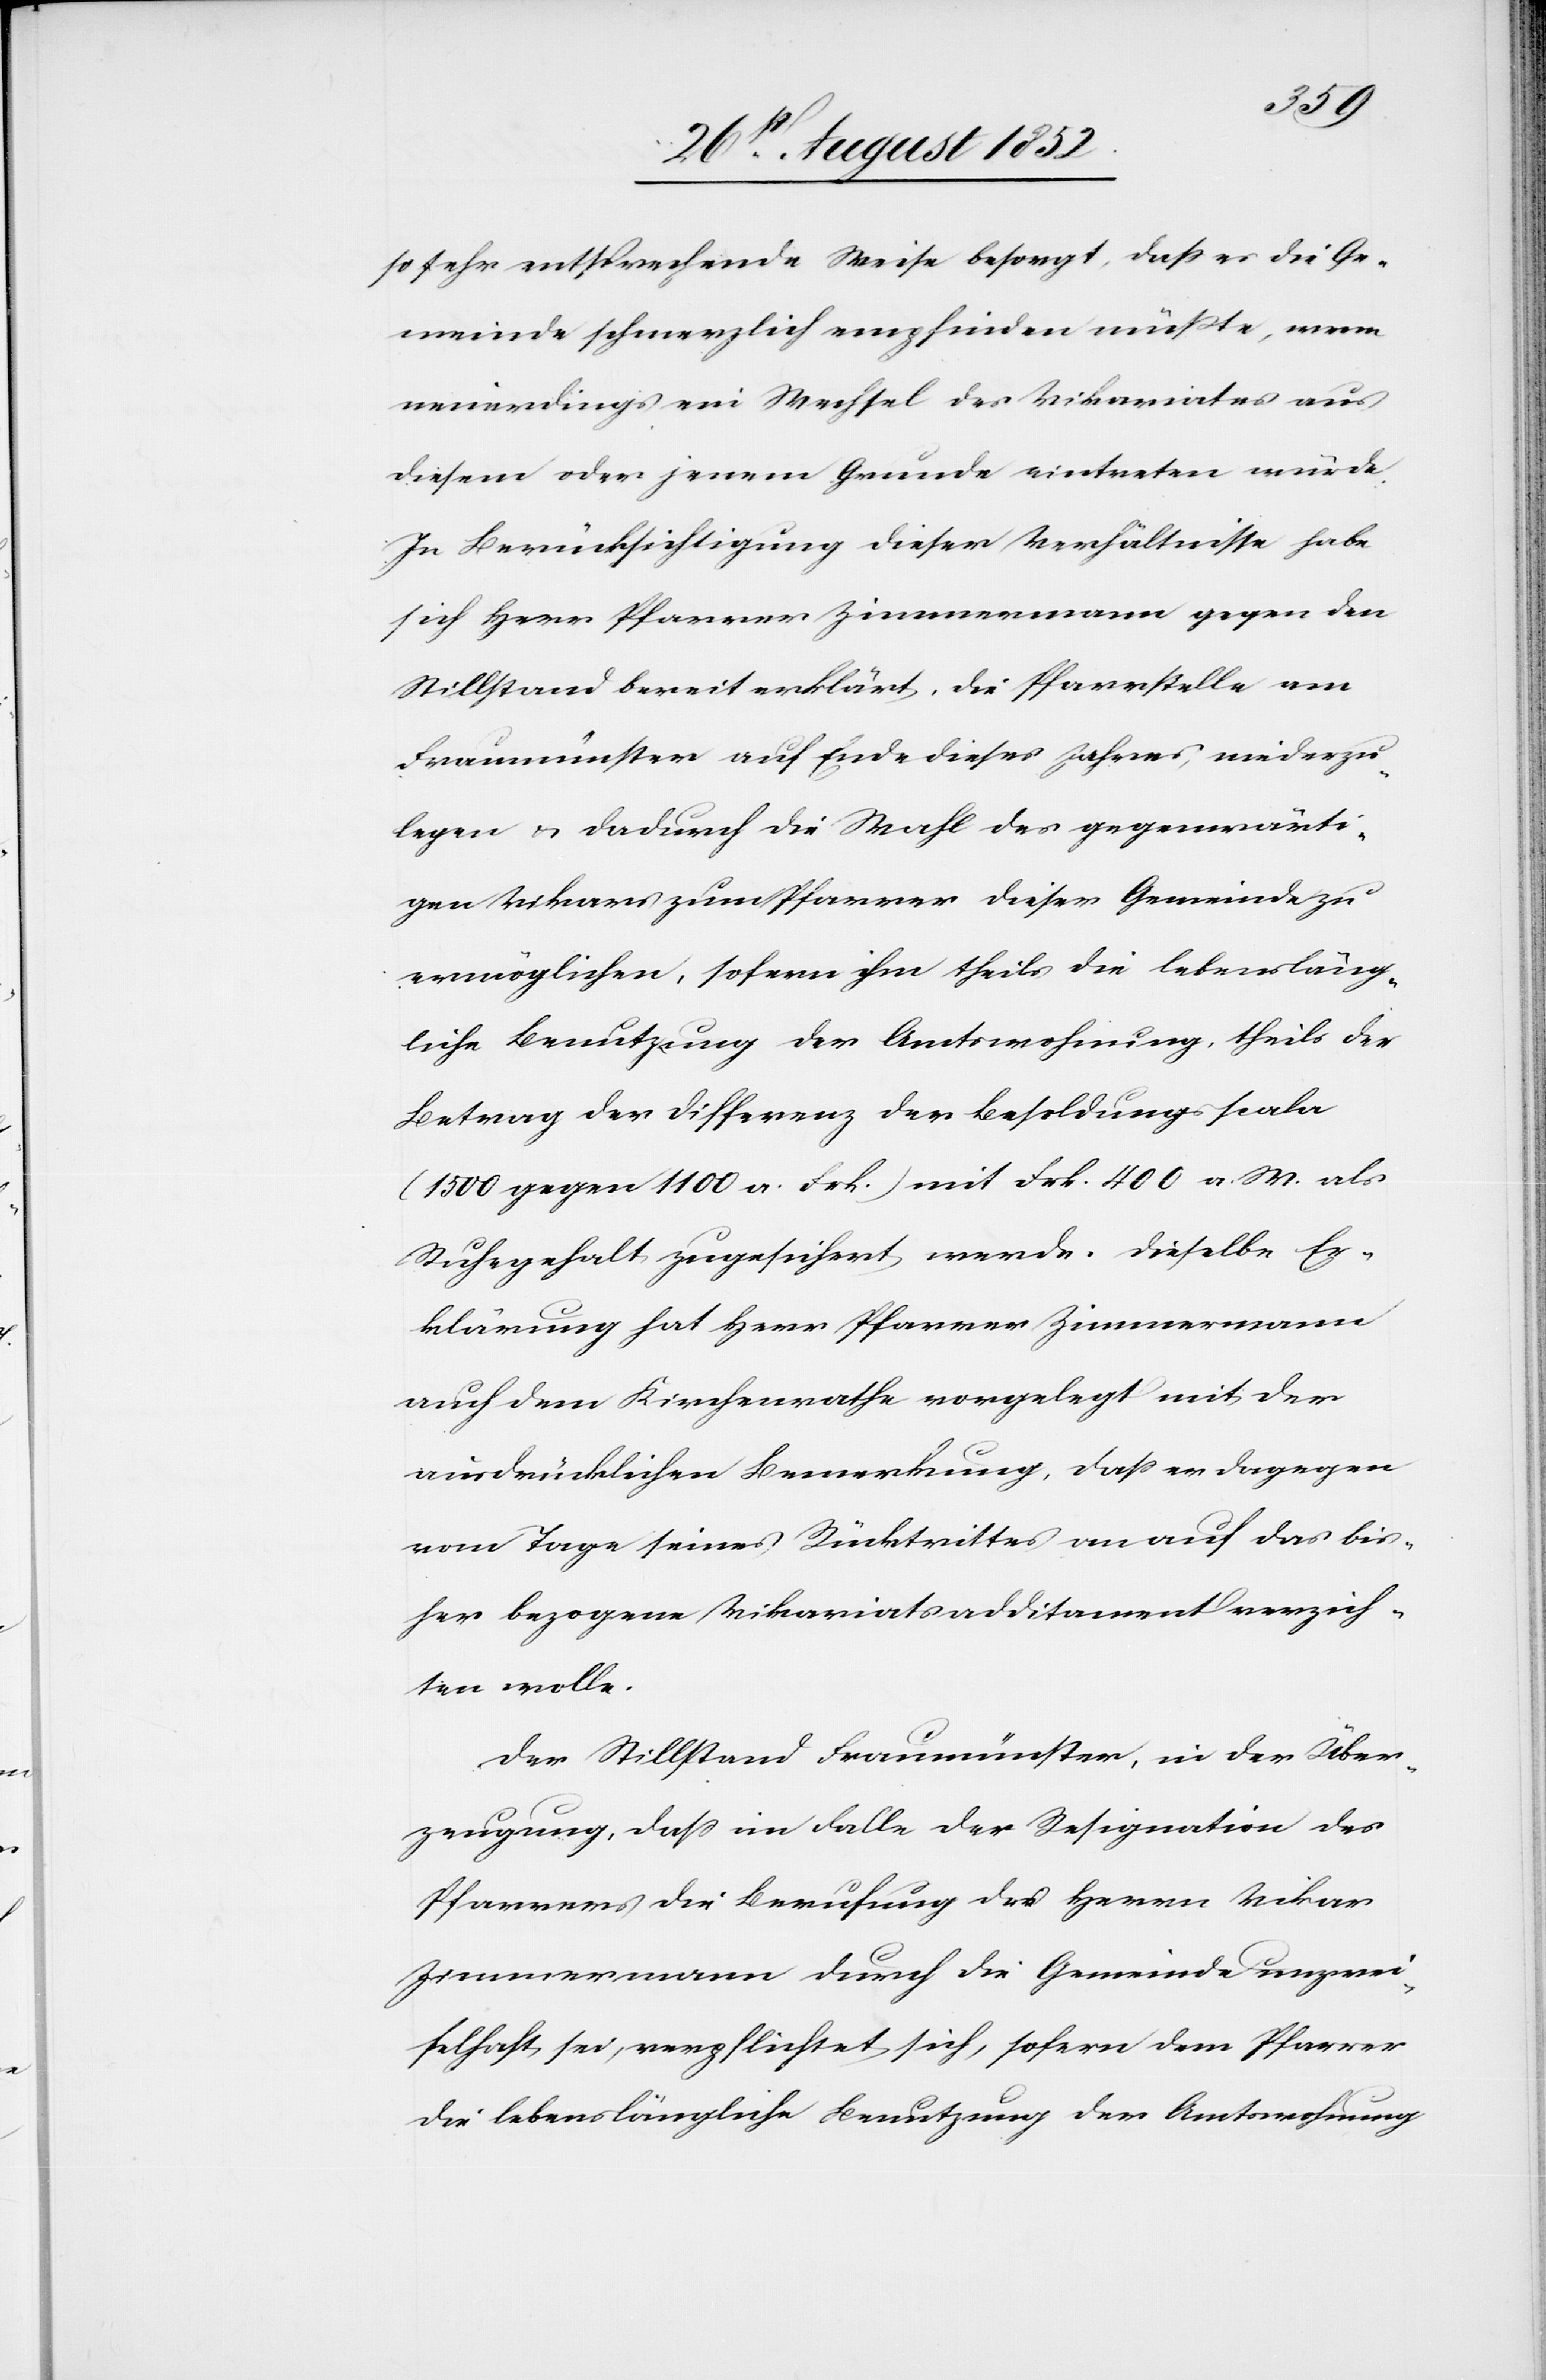
so sehr entsprechende Weise besorgt, dass es die Ge¬
meinde schmerzlich empfinden müßte, wenn
neuerdings ein Wechsel des Vikariates aus
diesem oder jenem Grunde eintreten würde.
In Berücksichtigung dieser Verhältnisse habe
sich Herr Pfarrer Zimmermann gegen den
Stillstand bereit erklärt, die Pfarrstelle am
Fraumünster auf Ende dieses Jahres, niederzu¬
legen & dadurch die Wahl des gegenwärti¬
gen Vikars zum Pfarrer dieser Gemeinde zu
ermöglichen, sofern ihm theils die lebensläng¬
liche Benutzung der Amtswohnung, theils der
Betrag der Differenz der Besoldungsscala
(1500 gegen 1100 a. Frk.) mit Frk. 400 a. W. als
Ruhegehalt zugesichert werde. Dieselbe Er¬
klärung hat Herr Pfarrer Zimmermann
auch dem Kirchenrathe vorgelegt mit der
ausdrücklichen Bemerkung, dass er dagegen
vom Tage seines Rücktrittes an auf das bis¬
her bezogene Vikariatsadditament verzich¬
ten wolle.
Der Stillstand Fraumünster, in der Über¬
zeugung, dass im Falle der Resignation des
Pfarrers die Berufung des Herrn Vikar
Zimmermann durch die Gemeinde unzwei¬
felhaft sei, verpflichtet sich, sofern dem Pfarrer
die lebenslängliche Benutzung der Amtswohnung